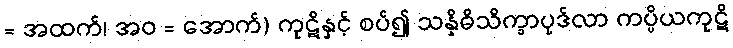
= အထက်၊ အဝ = အောက်) ကုဋိနှင့် စပ်၍ သန္နိဓိသိက္ခာပုဒ်လာ ကပ္ပိယကုဋိ